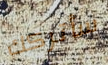
سأتركك